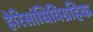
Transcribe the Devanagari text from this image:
हेरिसांधिविग्रहिक